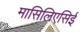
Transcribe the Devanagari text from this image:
मासिलिएसिई